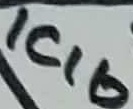
Text: ICIb